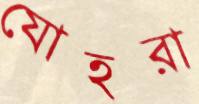
যোহরা